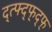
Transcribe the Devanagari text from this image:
द्त्फ्द्फ्द्फ्